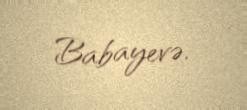
Babayevə.